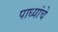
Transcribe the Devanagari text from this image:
पाध्यांचे